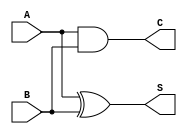
module half_adder (
    input wire A,   // First single-bit input
    input wire B,   // Second single-bit input
    output wire S,  // Sum output
    output wire C   // Carry output
);

// Logic for Sum output (S) using XOR
assign S = A ^ B;

// Logic for Carry output (C) using AND
assign C = A & B;

endmodule